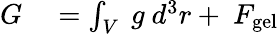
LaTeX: \begin{array}{rl}{G}&{{}=\int_{V}~g~d^{3}r+~F_{\mathrm{gel}}}\end{array}